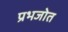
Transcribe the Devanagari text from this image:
प्रभजोत